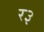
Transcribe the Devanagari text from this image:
र३